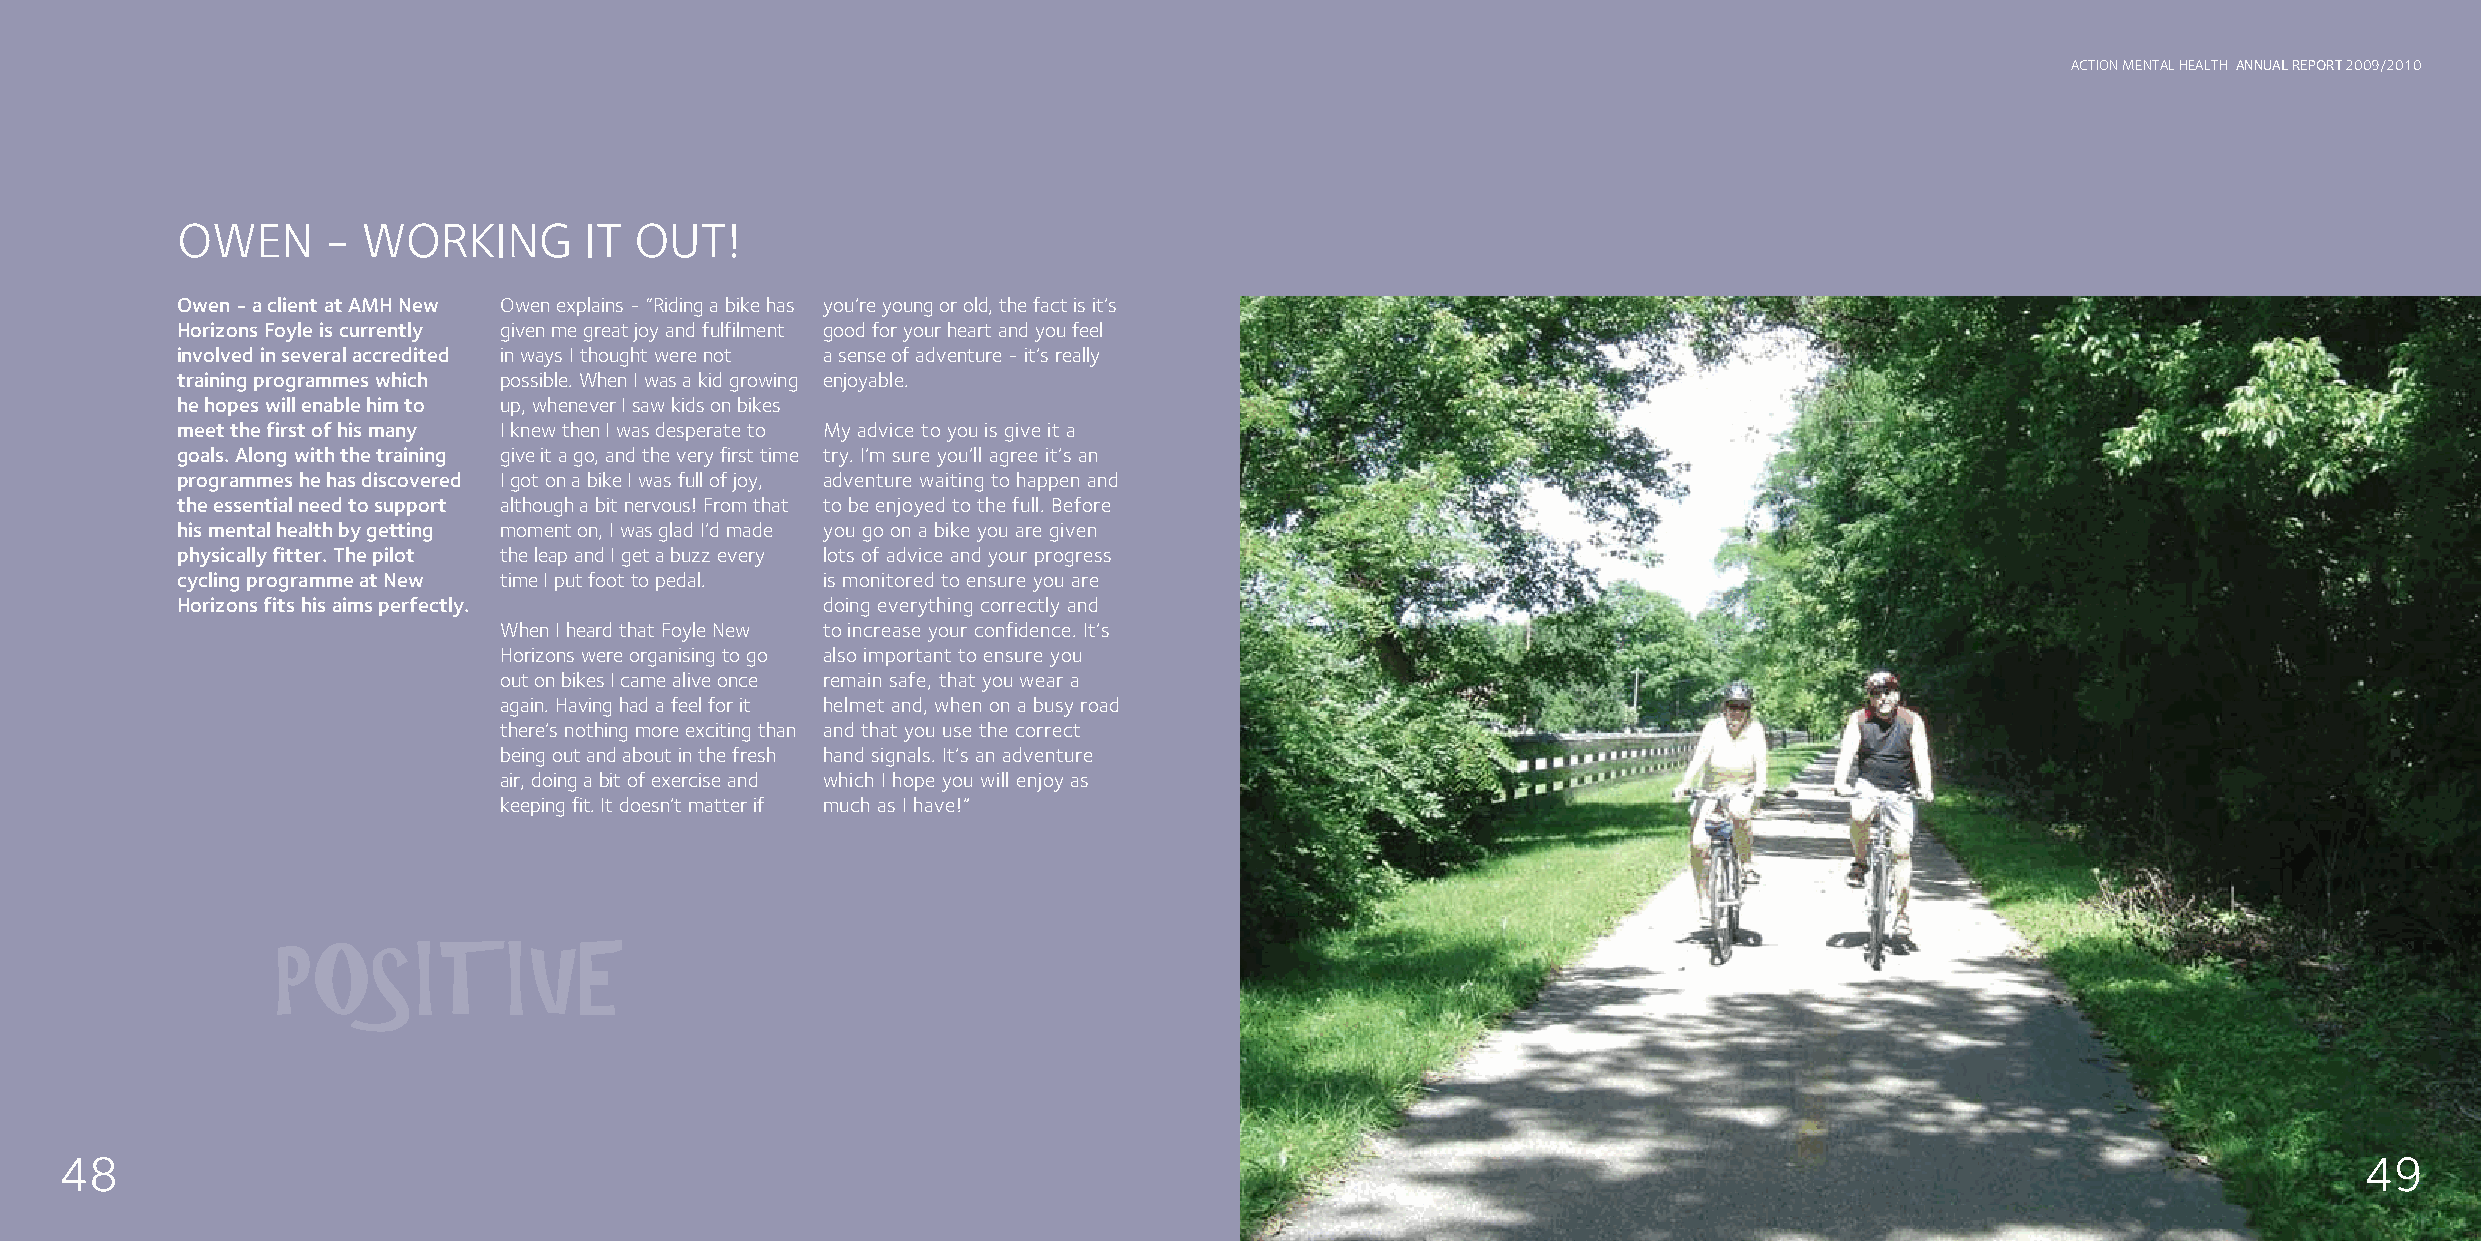
ACTION MENTAL HEALTH ANNUAL REPORT 2009/2010
 OWEN      - WORKING        IT OUT!
 Owen - a client at AMH New Owen explains - “Riding a bike has you’re young or old, the fact is it’s
 Horizons Foyle is currently given me great joy and fulfilment good for your heart and you feel
 involved in several accredited in ways I thought were not a sense of adventure - it’s really
 training programmes which possible. When I was a kid growing enjoyable.
 he hopes will enable him to up, whenever I saw kids on bikes
 meet the first of his many I knew then I was desperate to My advice to you is give it a
 goals. Along with the training give it a go, and the very first time try. I’m sure you’ll agree it’s an
 programmes he has discovered I got on a bike I was full of joy, adventure waiting to happen and
 the essential need to support although a bit nervous! From that to be enjoyed to the full. Before
 his mental health by getting moment on, I was glad I’d made you go on a bike you are given
 physically fitter. The pilot the leap and I get a buzz every lots of advice and your progress
 cycling programme at New time I put foot to pedal. is monitored to ensure you are
 Horizons fits his aims perfectly.         doing everything correctly and
 When I heard that Foyle New to increase your confidence. It’s
 Horizons were organising to go also important to ensure you
 out on bikes I came alive once remain safe, that you wear a
 again. Having had a feel for it helmet and, when on a busy road
 there’s nothing more exciting than and that you use the correct
 being out and about in the fresh hand signals. It’s an adventure
 air, doing a bit of exercise and which I hope you will enjoy as
 keeping fit. It doesn’t matter if much as I have!”
 POSITIVE
 THINKING
 48                                                                                                                                                      49